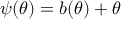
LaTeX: \psi ( \theta ) = b ( \theta ) + \theta